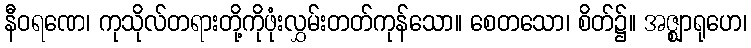
နီဝရဏေ၊ ကုသိုလ်တရားတို့ကိုဖုံးလွှမ်းတတ်ကုန်သော။ စေတသော၊ စိတ်၌။ အဇ္ဈာရုဟေ၊